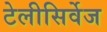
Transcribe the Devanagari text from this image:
टेलीसिर्वेज